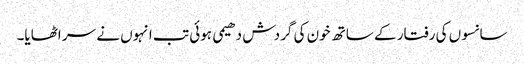
سانسوں کی رفتار کے ساتھ خون کی گردش دھیمی ہوئی تب انہوں نے سر اٹھایا۔